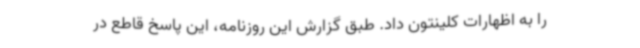
را به اظهارات کلینتون داد. طبق گزارش این روزنامه، این پاسخ قاطع در